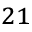
^ { 2 1 }